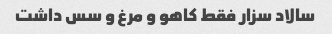
سالاد سزار فقط کاهو و مرغ و سس داشت